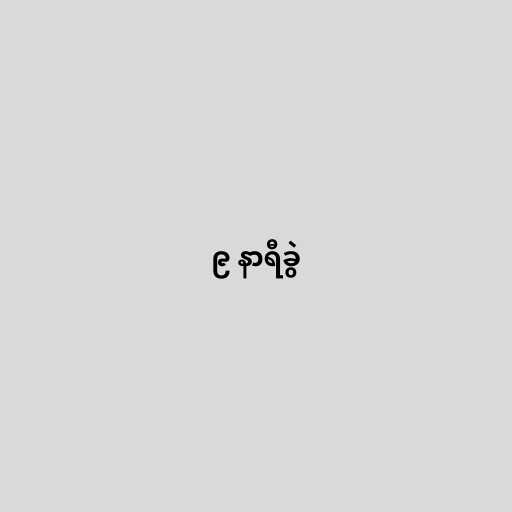
၉ နာရီခွဲ